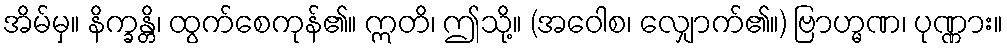
အိမ်မှ။ နိက္ခန္တိ၊ ထွက်စေကုန်၏။ ဣတိ၊ ဤသို့။ (အဝေါစ၊ လျှောက်၏။) ဗြာဟ္မဏ၊ ပုဏ္ဏား။